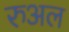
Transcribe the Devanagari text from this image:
रुअल